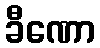
ခီဏော